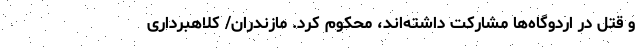
و قتل در اردوگاه‌ها مشارکت داشته‌اند، محکوم کرد. مازندران/ کلاهبرداری